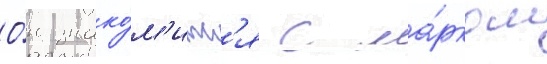
О́н знако́м'итс'я с ма́рком